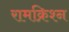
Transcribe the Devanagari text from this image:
रामक्रिश्न